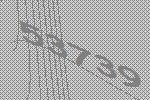
53739